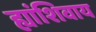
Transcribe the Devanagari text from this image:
ह्यांशिवाय